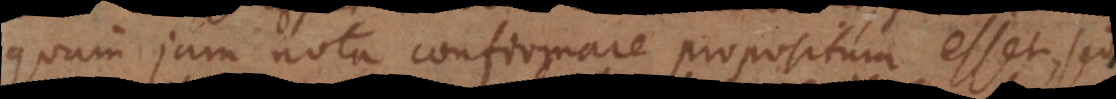
quam jam nota confirmare propositum esset, sed